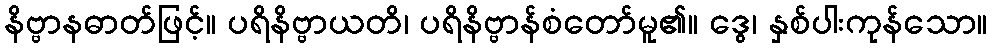
နိဗ္ဗာနဓာတ်ဖြင့်။ ပရိနိဗ္ဗာယတိ၊ ပရိနိဗ္ဗာန်စံတော်မူ၏။ ဒွေ၊ နှစ်ပါးကုန်သော။